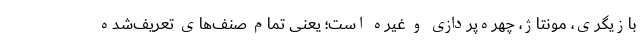
بازیگری، مونتاژ، چهره‌پردازی و غیره است؛ یعنی تمام صنف‌های تعریف‌شده